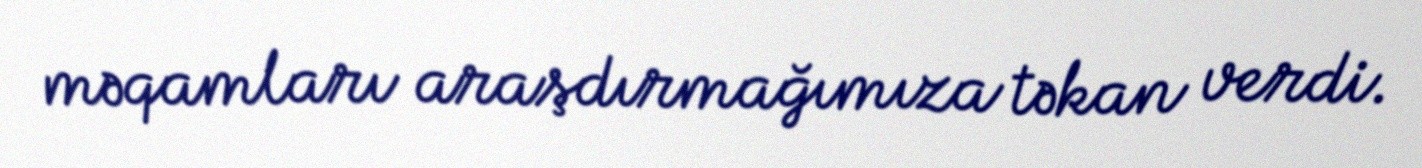
məqamları araşdırmağımıza təkan verdi.